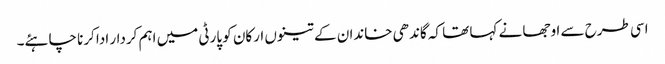
اسی طرح سے اوجھا نے کہا تھا کہ گاندھی خاندان کے تینوں ارکان کو پارٹی میں اہم کردار ادا کرنا چاہئے۔